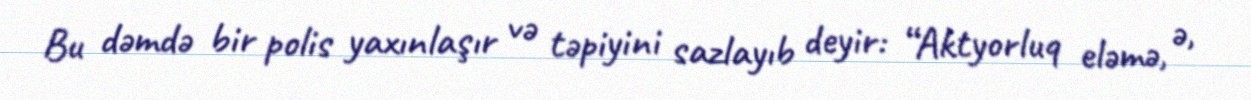
Bu dəmdə bir polis yaxınlaşır və təpiyini sazlayıb deyir: “Aktyorluq eləmə, ə,